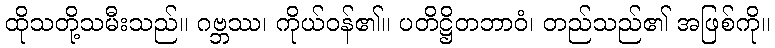
ထိုသတို့သမီးသည်။ ဂဗ္ဘဿ၊ ကိုယ်ဝန်၏။ ပတိဋ္ဌိတဘာဝံ၊ တည်သည်၏ အဖြစ်ကို။